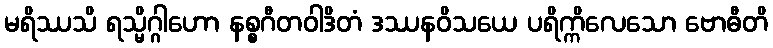
မရိဿသိ ရသ္မိဂ္ဂါဟော နစ္စဂီတဝါဒိတံ ဒဿနဝိသယေ ပရိက္ကိလေသော ဗောဓီတိ